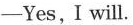
-Yes,I will.